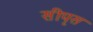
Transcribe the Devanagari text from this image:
सीपृस